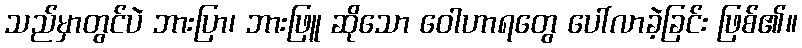
သည်မှာတွင်ပဲ ဘားပြာ၊ ဘားဖြူ ဆိုသော ဝေါဟာရတွေ ပေါ်လာခဲ့ခြင်း ဖြစ်၏။